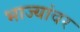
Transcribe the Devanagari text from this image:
भाज्यांवर